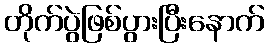
တိုက်ပွဲဖြစ်ပွားပြီးနောက်